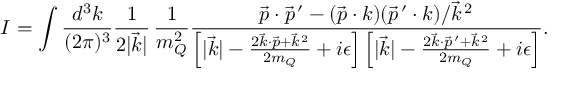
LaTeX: I = \int \frac { d ^ { 3 } k } { ( 2 \pi ) ^ { 3 } } \frac { 1 } { 2 | \vec { k } | } \, \frac { 1 } { m _ { Q } ^ { 2 } } \frac { \vec { p } \cdot \vec { p } ^ { \, \prime } - ( \vec { p } \cdot k ) ( \vec { p } ^ { \, \prime } \cdot k ) / \vec { k } ^ { \, 2 } } { \left[ | \vec { k } | - \frac { 2 \vec { k } \cdot \vec { p } + \vec { k } ^ { \, 2 } } { 2 m _ { Q } } + i \epsilon \right] \left[ | \vec { k } | - \frac { 2 \vec { k } \cdot \vec { p } ^ { \, \prime } + \vec { k } ^ { \, 2 } } { 2 m _ { Q } } + i \epsilon \right] } .